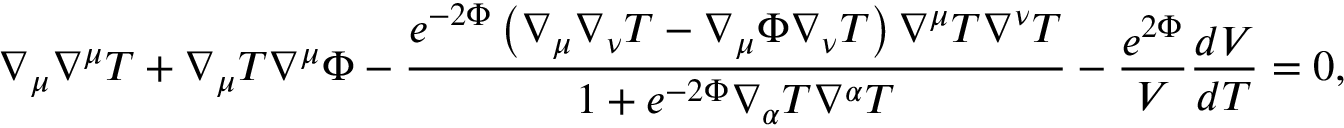
\nabla _ { \mu } \nabla ^ { \mu } T + \nabla _ { \mu } T \nabla ^ { \mu } \Phi - \frac { e ^ { - 2 \Phi } \left( \nabla _ { \mu } \nabla _ { \nu } T - \nabla _ { \mu } \Phi \nabla _ { \nu } T \right) \nabla ^ { \mu } T \nabla ^ { \nu } T } { 1 + e ^ { - 2 \Phi } \nabla _ { \alpha } T \nabla ^ { \alpha } T } - \frac { e ^ { 2 \Phi } } { V } \frac { d V } { d T } = 0 ,